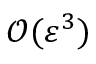
\mathcal { O } ( \varepsilon ^ { 3 } )